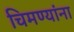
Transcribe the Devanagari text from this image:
चिमण्यांना